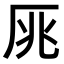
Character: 𠩓